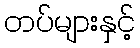
တပ်များနှင့်